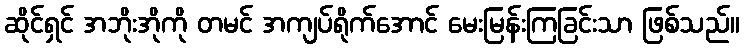
ဆိုင်ရှင် အဘိုးအိုကို တမင် အကျပ်ရိုက်အောင် မေးမြန်းကြခြင်းသာ ဖြစ်သည်။